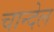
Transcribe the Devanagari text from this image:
चान्देल